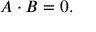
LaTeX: A \cdot B = 0 .